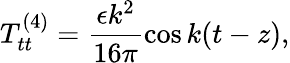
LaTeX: T_{tt}^{(4)}=\frac{\epsilon k^{2}}{16\pi}\cos k(t-z),